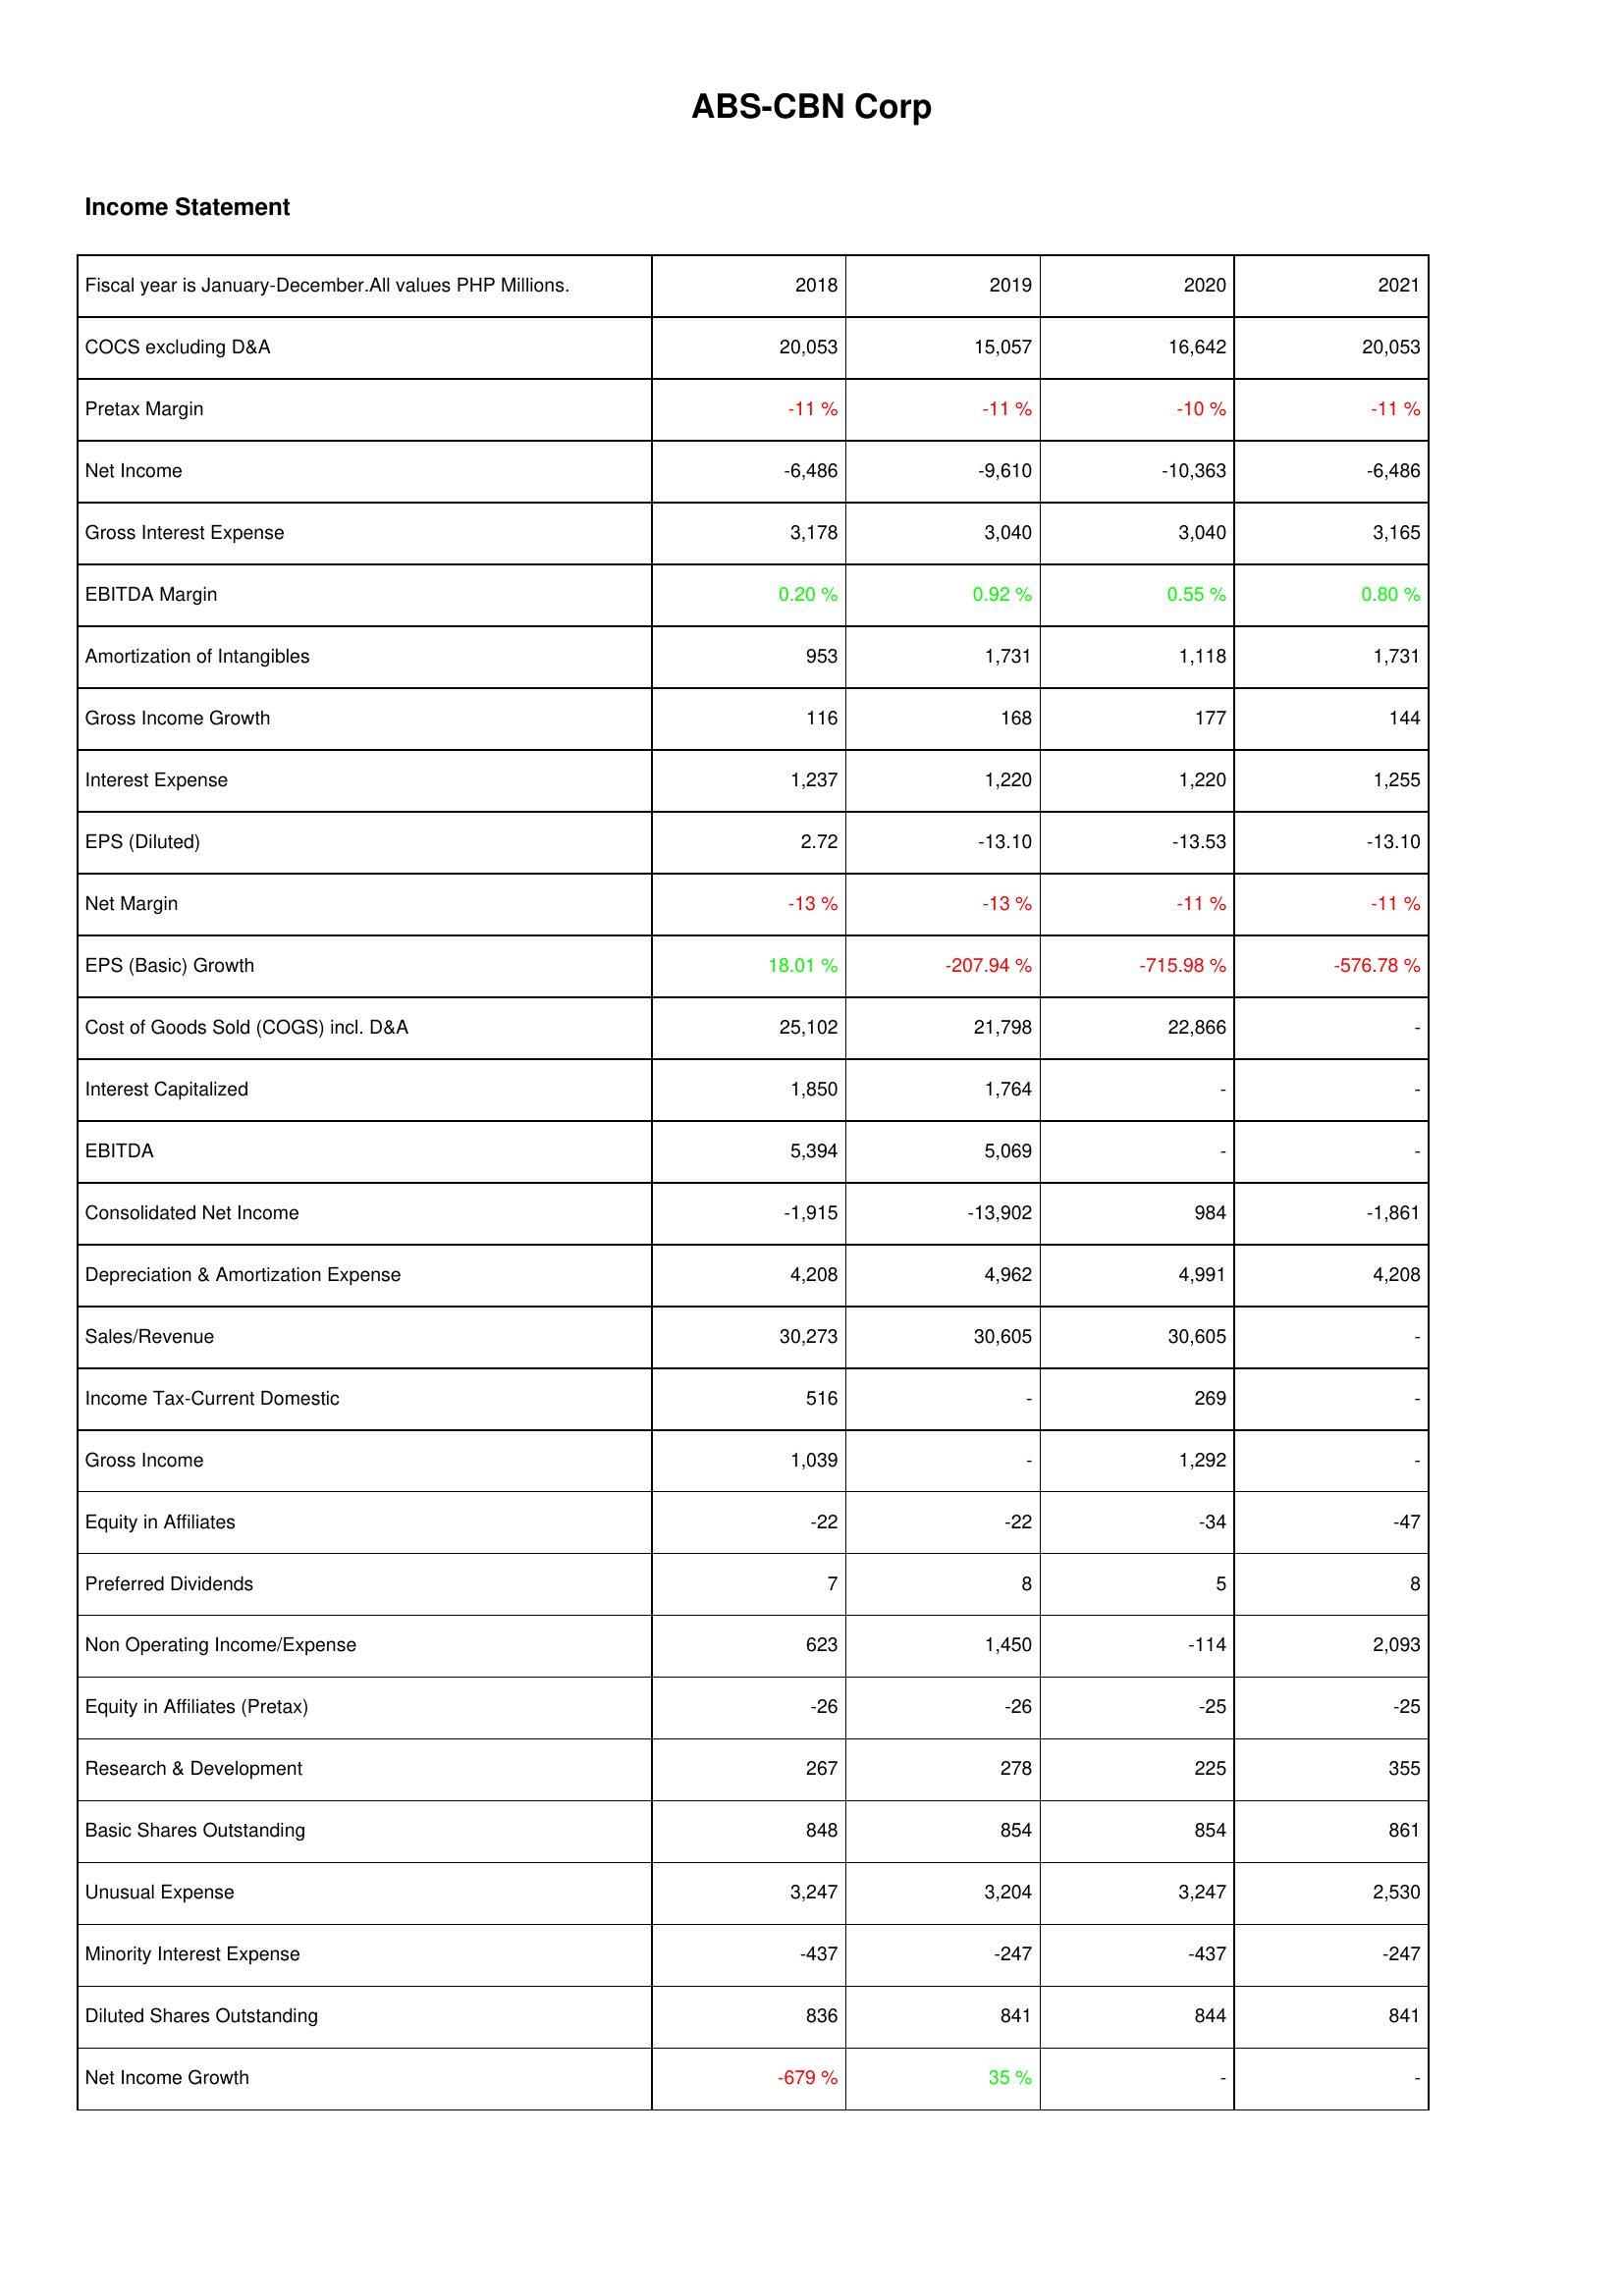
2018: Income Statement: COCS excluding D&A: 20,053
Pretax Margin: -11 %
Net Income: -6,486
Gross Interest Expense: 3,178
EBITDA Margin: 0.20 %
Amortization of Intangibles: 953
Gross Income Growth: 116
Interest Expense: 1,237
EPS (Diluted): 2.72
Net Margin: -13 %
EPS (Basic) Growth: 18.01 %
Cost of Goods Sold (COGS) incl. D&A: 25,102
Interest Capitalized: 1,850
EBITDA: 5,394
Consolidated Net Income: -1,915
Depreciation & Amortization Expense: 4,208
Sales/Revenue: 30,273
Income Tax-Current Domestic: 516
Gross Income: 1,039
Equity in Affiliates: -22
Preferred Dividends: 7
Non Operating Income/Expense: 623
Equity in Affiliates (Pretax): -26
Research & Development: 267
Basic Shares Outstanding: 848
Unusual Expense: 3,247
Minority Interest Expense: -437
Diluted Shares Outstanding: 836
Net Income Growth: -679 %
2019: Income Statement: COCS excluding D&A: 15,057
Pretax Margin: -11 %
Net Income: -9,610
Gross Interest Expense: 3,040
EBITDA Margin: 0.92 %
Amortization of Intangibles: 1,731
Gross Income Growth: 168
Interest Expense: 1,220
EPS (Diluted): -13.10
Net Margin: -13 %
EPS (Basic) Growth: -207.94 %
Cost of Goods Sold (COGS) incl. D&A: 21,798
Interest Capitalized: 1,764
EBITDA: 5,069
Consolidated Net Income: -13,902
Depreciation & Amortization Expense: 4,962
Sales/Revenue: 30,605
Income Tax-Current Domestic: -
Gross Income: -
Equity in Affiliates: -22
Preferred Dividends: 8
Non Operating Income/Expense: 1,450
Equity in Affiliates (Pretax): -26
Research & Development: 278
Basic Shares Outstanding: 854
Unusual Expense: 3,204
Minority Interest Expense: -247
Diluted Shares Outstanding: 841
Net Income Growth: 35 %
2020: Income Statement: COCS excluding D&A: 16,642
Pretax Margin: -10 %
Net Income: -10,363
Gross Interest Expense: 3,040
EBITDA Margin: 0.55 %
Amortization of Intangibles: 1,118
Gross Income Growth: 177
Interest Expense: 1,220
EPS (Diluted): -13.53
Net Margin: -11 %
EPS (Basic) Growth: -715.98 %
Cost of Goods Sold (COGS) incl. D&A: 22,866
Interest Capitalized: -
EBITDA: -
Consolidated Net Income: 984
Depreciation & Amortization Expense: 4,991
Sales/Revenue: 30,605
Income Tax-Current Domestic: 269
Gross Income: 1,292
Equity in Affiliates: -34
Preferred Dividends: 5
Non Operating Income/Expense: -114
Equity in Affiliates (Pretax): -25
Research & Development: 225
Basic Shares Outstanding: 854
Unusual Expense: 3,247
Minority Interest Expense: -437
Diluted Shares Outstanding: 844
Net Income Growth: -
2021: Income Statement: COCS excluding D&A: 20,053
Pretax Margin: -11 %
Net Income: -6,486
Gross Interest Expense: 3,165
EBITDA Margin: 0.80 %
Amortization of Intangibles: 1,731
Gross Income Growth: 144
Interest Expense: 1,255
EPS (Diluted): -13.10
Net Margin: -11 %
EPS (Basic) Growth: -576.78 %
Cost of Goods Sold (COGS) incl. D&A: -
Interest Capitalized: -
EBITDA: -
Consolidated Net Income: -1,861
Depreciation & Amortization Expense: 4,208
Sales/Revenue: -
Income Tax-Current Domestic: -
Gross Income: -
Equity in Affiliates: -47
Preferred Dividends: 8
Non Operating Income/Expense: 2,093
Equity in Affiliates (Pretax): -25
Research & Development: 355
Basic Shares Outstanding: 861
Unusual Expense: 2,530
Minority Interest Expense: -247
Diluted Shares Outstanding: 841
Net Income Growth: -